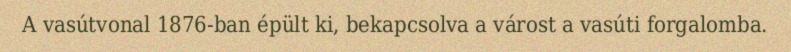
A vasútvonal 1876-ban épült ki, bekapcsolva a várost a vasúti forgalomba.